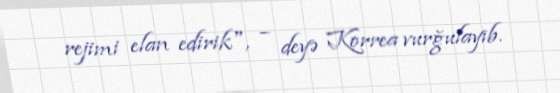
rejimi elan edirik", – deyə Korrea vurğulayıb.